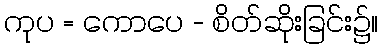
ကုပ = ကောပေ - စိတ်ဆိုးခြင်း၌။